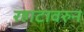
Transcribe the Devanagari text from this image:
रहाटावरुन